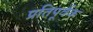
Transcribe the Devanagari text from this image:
प्रतिपूर्वक